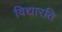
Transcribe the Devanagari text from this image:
विद्यारति